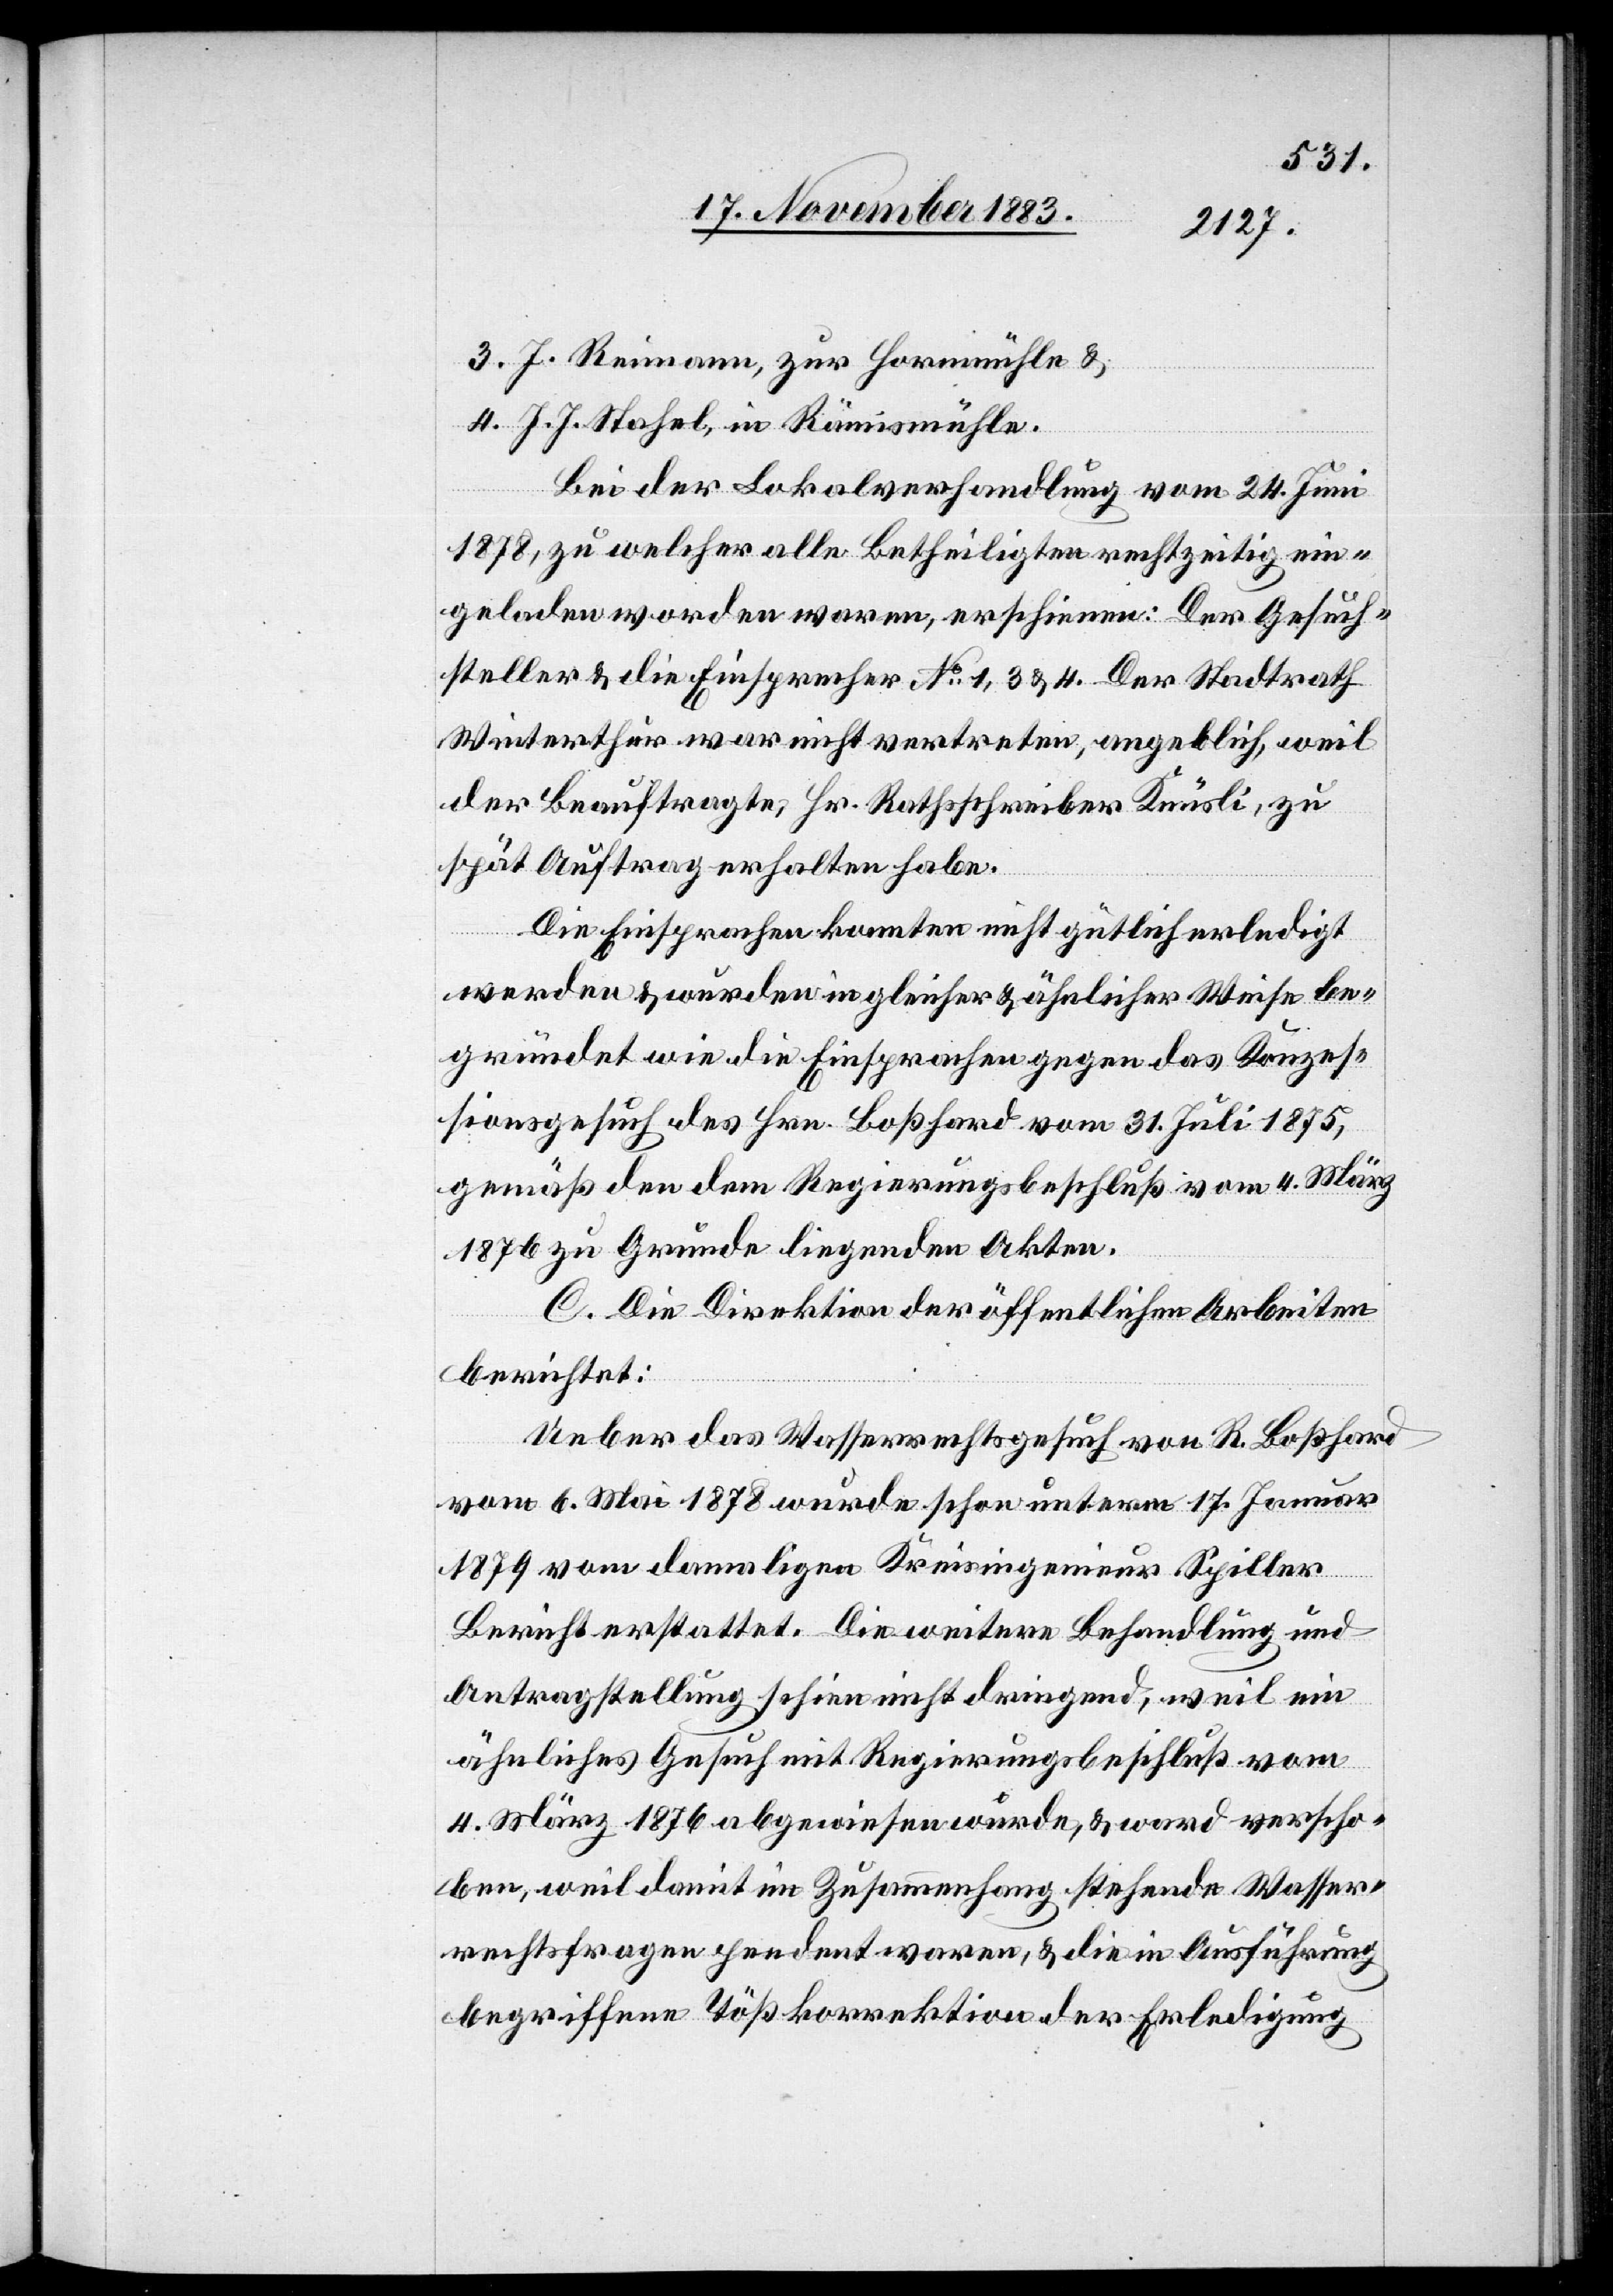
3. J. Reimann, zur Hornmühle &
4. J. J. Stahel, in Rämismühle.
Bei der Lokalverhandlung vom 24. Juni
1878, zu welcher alle Betheiligten rechtszeitig ein¬
geladen worden waren, erschienen: Der Gesuch¬
steller & die Einsprecher No 1, 3 & 4. Der Stadtrath
Winterthur war nicht vertreten, angeblich, weil
der Beauftragte, Hr. Rathsschreiber Knüsli, zu
spät Auftrag erhalten habe.
Die Einsprachen konnten nicht gütlich erledigt
werden & wurden in gleicher & ähnlicher Weise be¬
gründet wie die Einsprachen gegen das Konzes¬
sionsgesuch des Hrn. Boßhard vom 31. Juli 1875,
gemäß den dem Regierungsbeschluß vom 4. März
1876 zu Grunde liegenden Akten.
C. Die Direktion der öffentlichen Arbeiten
berichtet:
Ueber das Wasserrechtsgesuch von R. Boßhard
vom 6. Mai 1878 wurde schon unterm 17. Januar
1879 vom damaligen Kreisingenieur Spiller
Bericht erstattet. Die weitere Behandlung und
Antragstellung schien nicht dringend, weil ein
ähnliches Gesuch mit Regierungsbeschluß vom
4. März 1876 abgewiesen wurde, & ward verscho¬
ben, weil damit im Zusammenhang stehende Wasser¬
rechtsfragen pendent waren, & die in Ausführung
begriffene Tößkorrektion der Erledigung